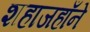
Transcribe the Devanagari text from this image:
शहाजहाँने